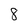
Character: 8